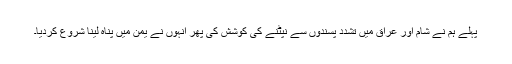
پہلے ہم نے شام اور عراق میں تشدد پسندوں سے نپٹنے کى کوشش کى پھر انہوں نے یمن میں پناه لینا شروع کردیا۔